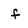
Character: f